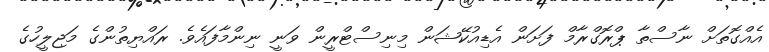
އެއްގޮތަށް ނާސްތާ ޕްރޮގްރާމް ފަށަން އެޑިއުކޭޝަން މިނިސްޓްރީން ވަނީ ނިންމާފައެވެ. ރައްޔިތުންގެ މަޖިލީހުގެ